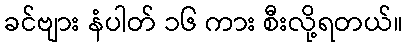
ခင်ဗျား နံပါတ် ၁၆ ကား စီးလို့ရတယ်။